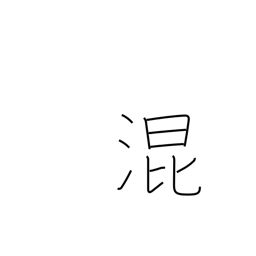
Meaning: mix